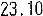
23.10